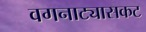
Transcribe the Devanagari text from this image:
वगनाट्यासकट